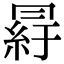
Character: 𦀒